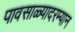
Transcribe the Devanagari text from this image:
पावसाळ्यादरम्यान